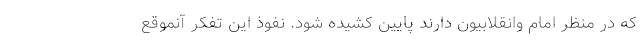
که در منظر امام وانقلابیون دارند پایین کشیده شود. نفوذ این تفکر آنموقع